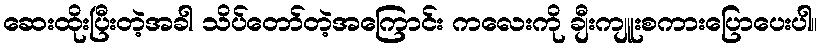
ဆေးထိုးပြီးတဲ့အခါ သိပ်တော်တဲ့အကြောင်း ကလေးကို ချီးကျူးစကားပြောပေးပါ။